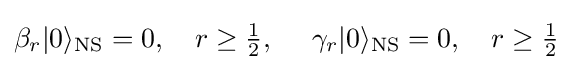
\beta _{r}|0\rangle _{\text{NS}}=0,\ \ \ r\geq {\tfrac {1}{2}},\ \ \ \ \gamma _{r}|0\rangle _{\text{NS}}=0,\ \ \ r\geq {\tfrac {1}{2}}